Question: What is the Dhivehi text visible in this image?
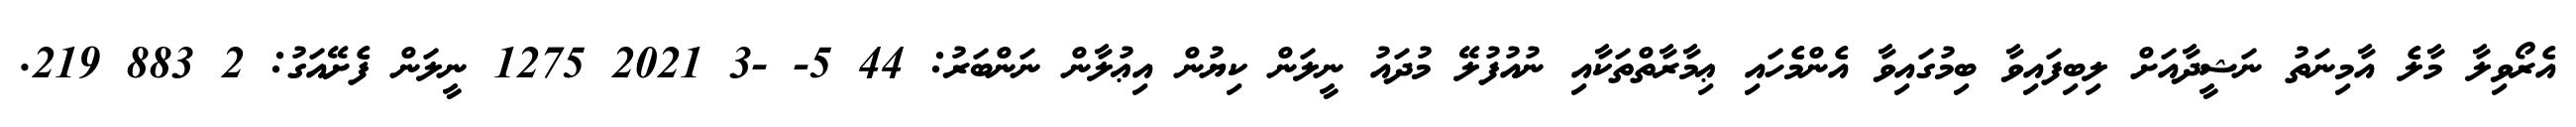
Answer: އެރޯވިލާ މާލެ އާމިނަތު ނަޝީދާއަށް ލިބިފައިވާ ބިމުގައިވާ އެންމެހައި ޢިމާރާތްތަކާއި ނުއުފުލޭ މުދައު ނީލަން ކިޔުން އިޢުލާން ނަންބަރު: 44 5- -3 2021 1275 ނީލަން ފެށޭއަގު: 2 883 219.